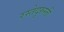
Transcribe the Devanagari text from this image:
रस्तेदुरुस्ती